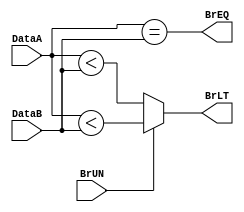
module branch_comp
#(
  parameter integer AWIDTH=32,
  parameter integer DWIDTH=32
 )
 (
  input                 BrUN ,
  input  [DWIDTH-1:0]   DataA , 
  input  [DWIDTH-1:0]   DataB  ,

  output wire           BrEQ, 
  output wire           BrLT  
 );
  assign BrEQ = (DataA == DataB);
  assign BrLT = BrUN ? (DataA <  DataB) : ($signed(DataA) <  $signed(DataB));
endmodule